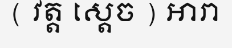
( វត្ត ស្តេច ) អារា